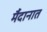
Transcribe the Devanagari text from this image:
र्मैदानात